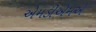
એમડીએમએ